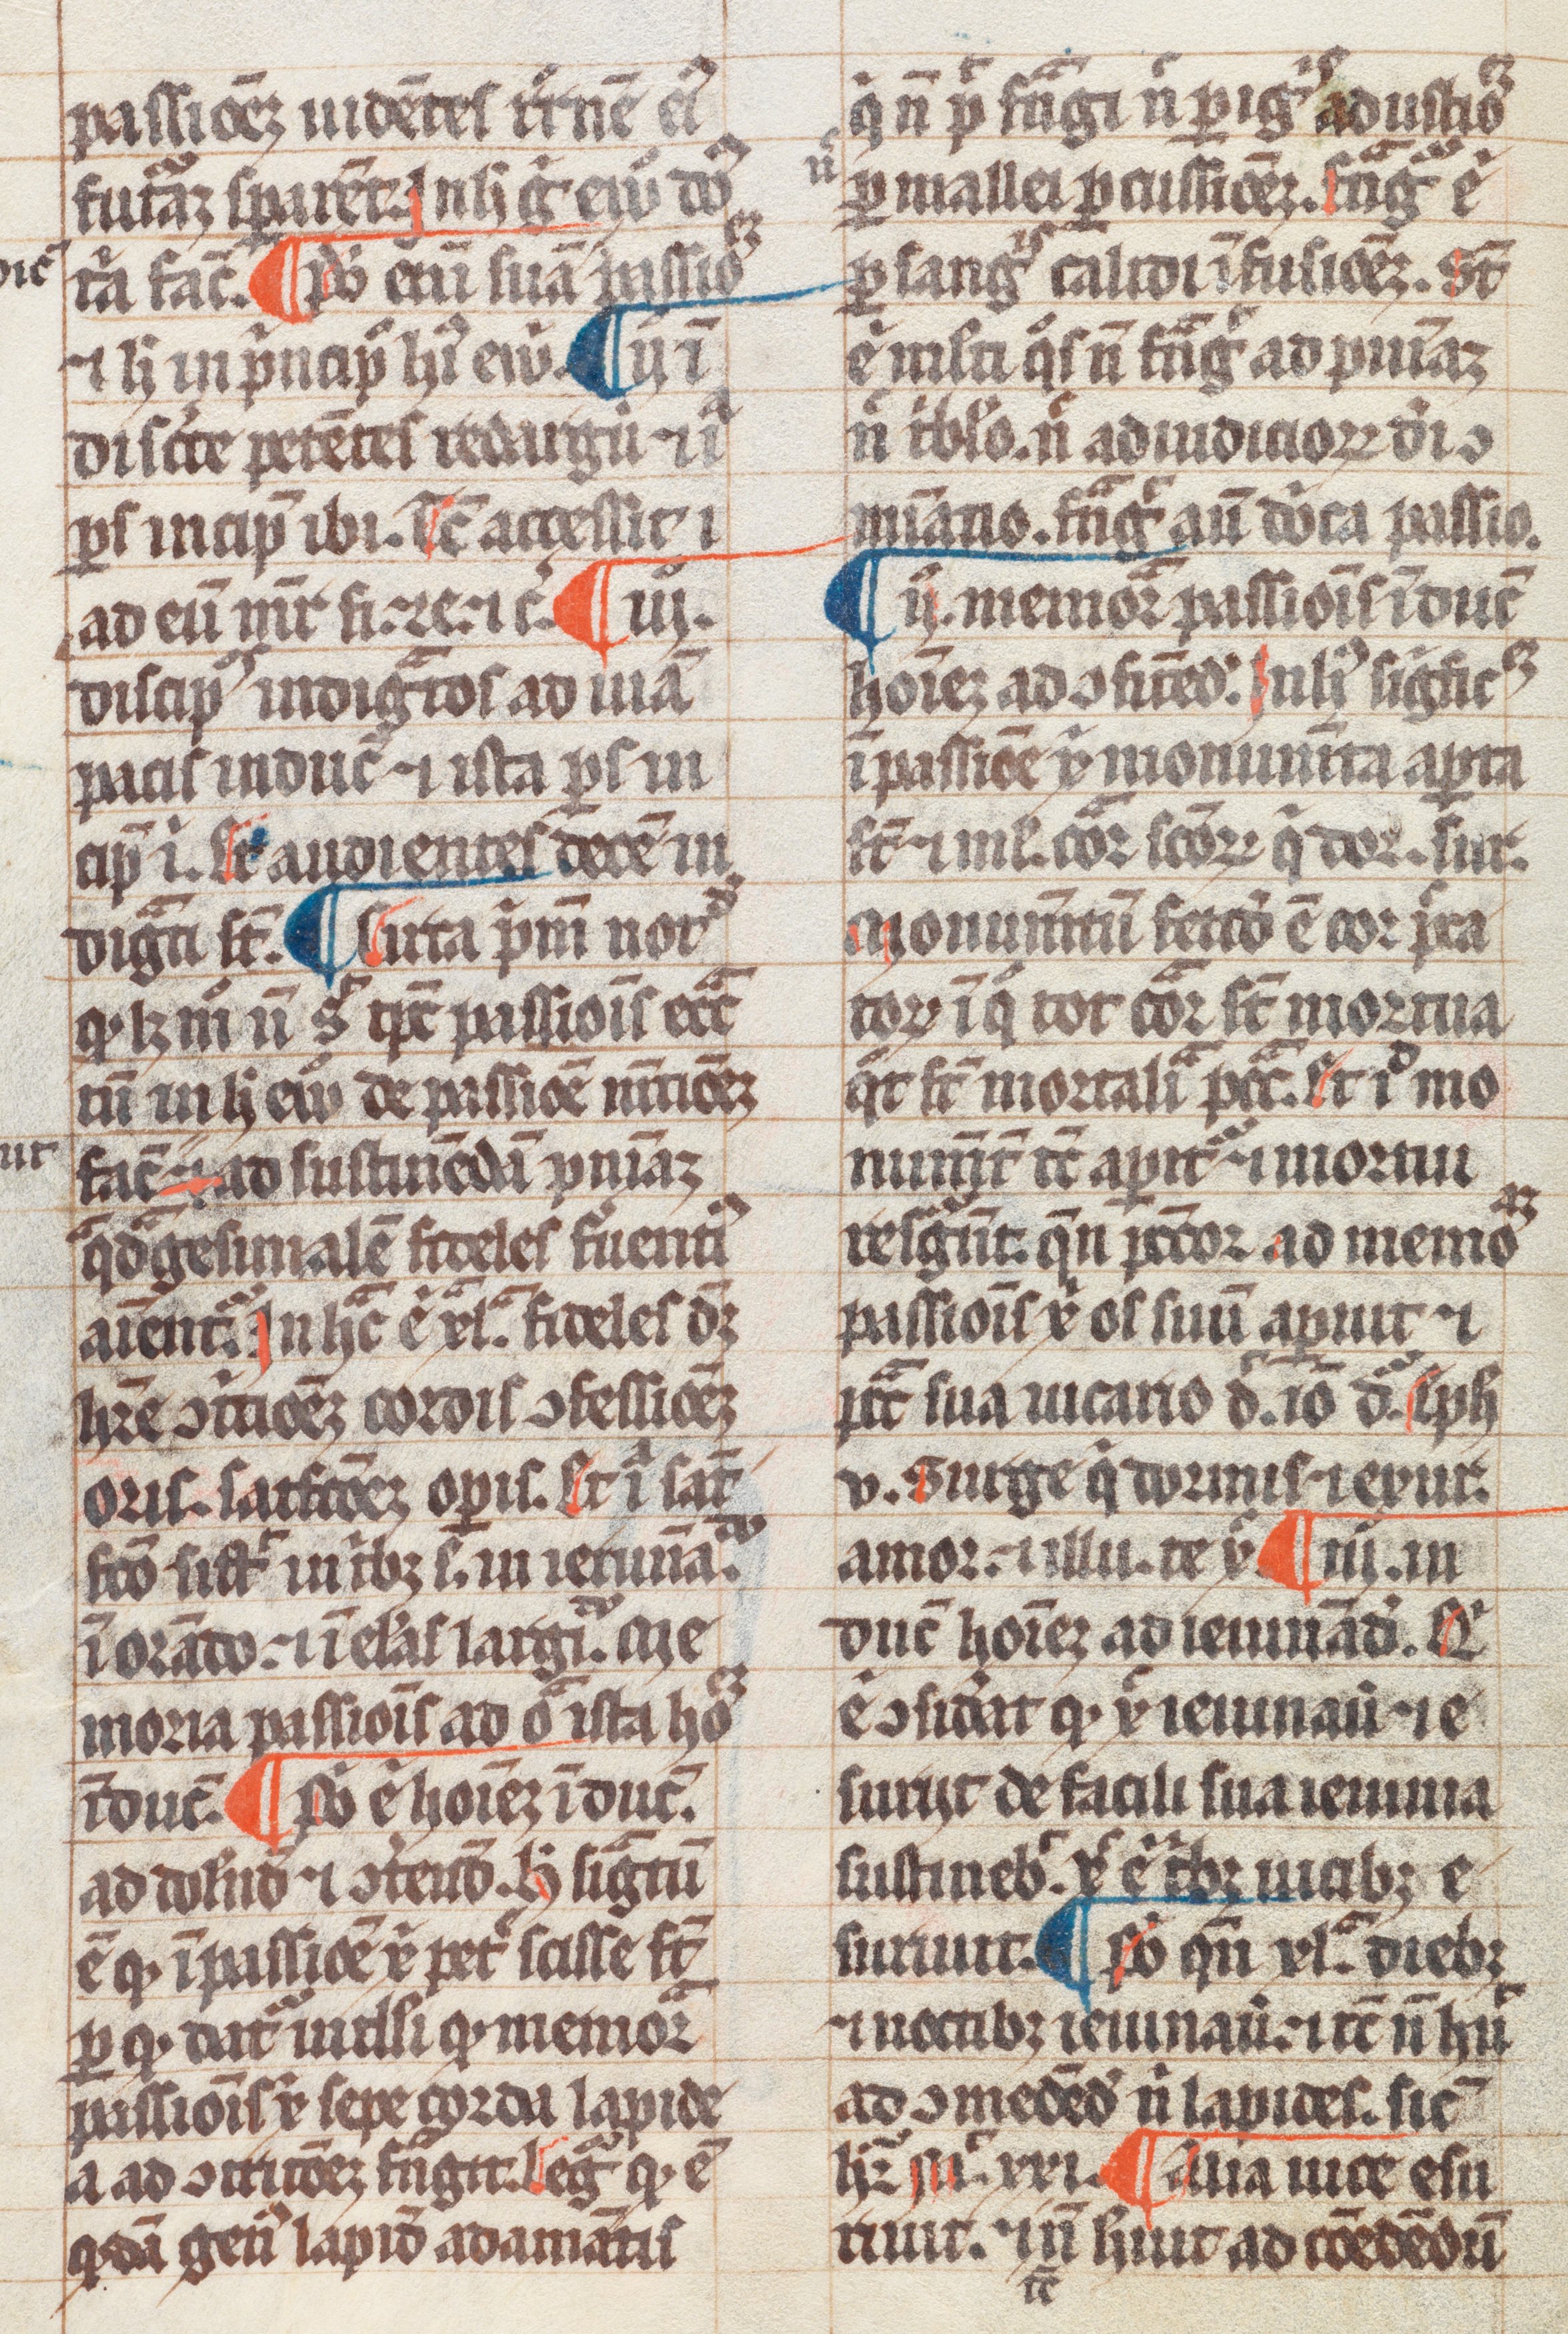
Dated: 1300–1399